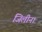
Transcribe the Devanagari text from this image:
जिलीना